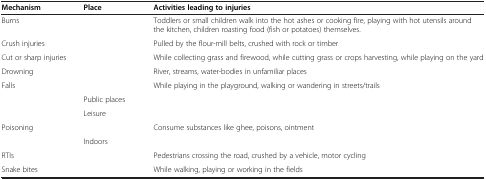
<table><thead><tr><td><b>Mechanism</b></td><td><b>Place</b></td><td><b>Activities leading to injuries</b></td></tr></thead><tbody><tr><td>Burns</td><td>[EMPTY_CELL]</td><td>Toddlers or small children walk into the hot ashes or cooking fire, playing with hot utensils around the kitchen, children roasting food (fish or potatoes) themselves.</td></tr><tr><td>Crush injuries</td><td>[EMPTY_CELL]</td><td>Pulled by the flour-mill belts, crushed with rock or timber</td></tr><tr><td>Cut or sharp injuries</td><td>[EMPTY_CELL]</td><td>While collecting grass and firewood, while cutting grass or crops harvesting, while playing on the yard</td></tr><tr><td>Drowning</td><td>[EMPTY_CELL]</td><td>River, streams, water-bodies in unfamiliar places</td></tr><tr><td rowspan="3">Falls</td><td>[EMPTY_CELL]</td><td>While playing in the playground, walking or wandering in streets/trails</td></tr><tr><td>Public places</td><td>[EMPTY_CELL]</td></tr><tr><td>Leisure</td><td>[EMPTY_CELL]</td></tr><tr><td rowspan="2">Poisoning</td><td>[EMPTY_CELL]</td><td>Consume substances like ghee, poisons, ointment</td></tr><tr><td>Indoors</td><td>[EMPTY_CELL]</td></tr><tr><td>RTIs</td><td>[EMPTY_CELL]</td><td>Pedestrians crossing the road, crushed by a vehicle, motor cycling</td></tr><tr><td>Snake bites</td><td>[EMPTY_CELL]</td><td>While walking, playing or working in the fields</td></tr></tbody></table>